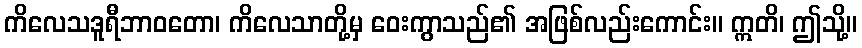
ကိလေသဒူရီဘာဝတော၊ ကိလေသာတို့မှ ဝေးကွာသည်၏ အဖြစ်လည်းကောင်း။ ဣတိ၊ ဤသို့။